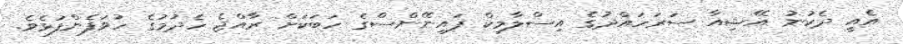
އެއީ ދެކުނު އޭޝިއާ ސަރަހައްދުގެ އިސްލާމިކް ފައިނޭންސްގެ ހަބަކަށް ރާއްޖެ ހެދުމުގެ ހުވަފެންފުޅެވެ.